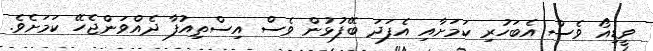
ވީޑިއޯ ވެސް އެބަހުރި ކަމަށާއި އެފަދަ ބޭފުޅުން ވެސް އިސްތިއުފާ ދެއްވަންޖެހޭ ކަމަށެވެ.